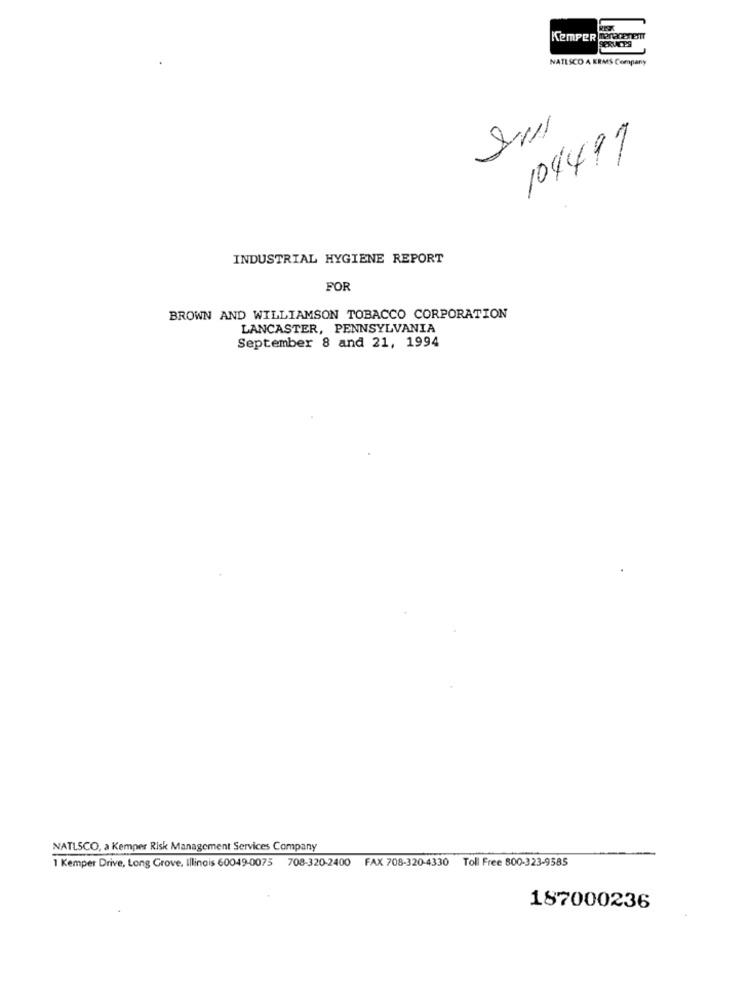
KemPER menacenEST
NATESCO A ERMS Company
Su
104491
INDUSTRIAL HYGIENE REPORT
FOR
BROWN AND WILLIAMSON TOBACCO CORPORATION
LANCASTER, PENNSYLVANIA
September 8 and 21, 1994
NATLSCO, a Kemper Risk Management Services Company
1 Kemper Drive, Long Grove, Illinois 60049-0075 708-320-2400 FAX 708-320-4330 Toll Free 800-323-9585
187000236